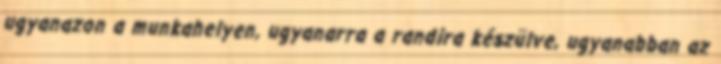
ugyanazon a munkahelyen, ugyanarra a randira készülve, ugyanabban az